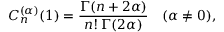
C _ { n } ^ { ( \alpha ) } ( 1 ) = { \frac { \Gamma ( n + 2 \alpha ) } { n ! \, \Gamma ( 2 \alpha ) } } \quad ( \alpha \neq 0 ) ,